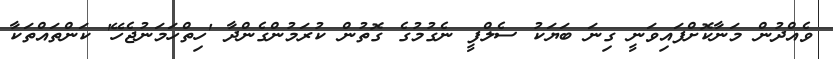
ވެއްދުން މަނާކޮށްފައިވަނީ ގިނަ ބަޔަކު ސެލްފީ ނެގުމުގެ ގޮތުން ކުރަމުންގެންދާ 'ހިތްހަމަނުޖެހޭ' ކަންތައްތަކާ